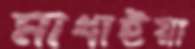
মাধাইয়া